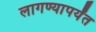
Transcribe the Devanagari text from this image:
लागण्यापर्यंत